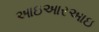
આઇઆરઆઇ